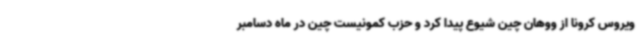
ویروس کرونا از ووهان چین شیوع پیدا کرد و حزب کمونیست چین در ماه دسامبر